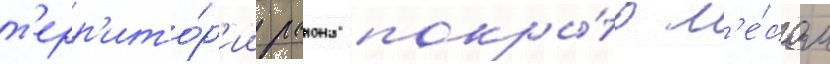
т'ерр'ито́р'ии раиона покры́то л'е́сом